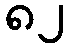
၈၂